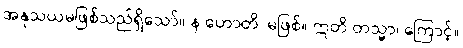
အနုသယမဖြစ်သည်ရှိသော်။ န ဟောတိ၊ မဖြစ်။ ဣတိ တသ္မာ၊ ကြောင့်။